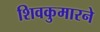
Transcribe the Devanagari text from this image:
शिवकुमारने